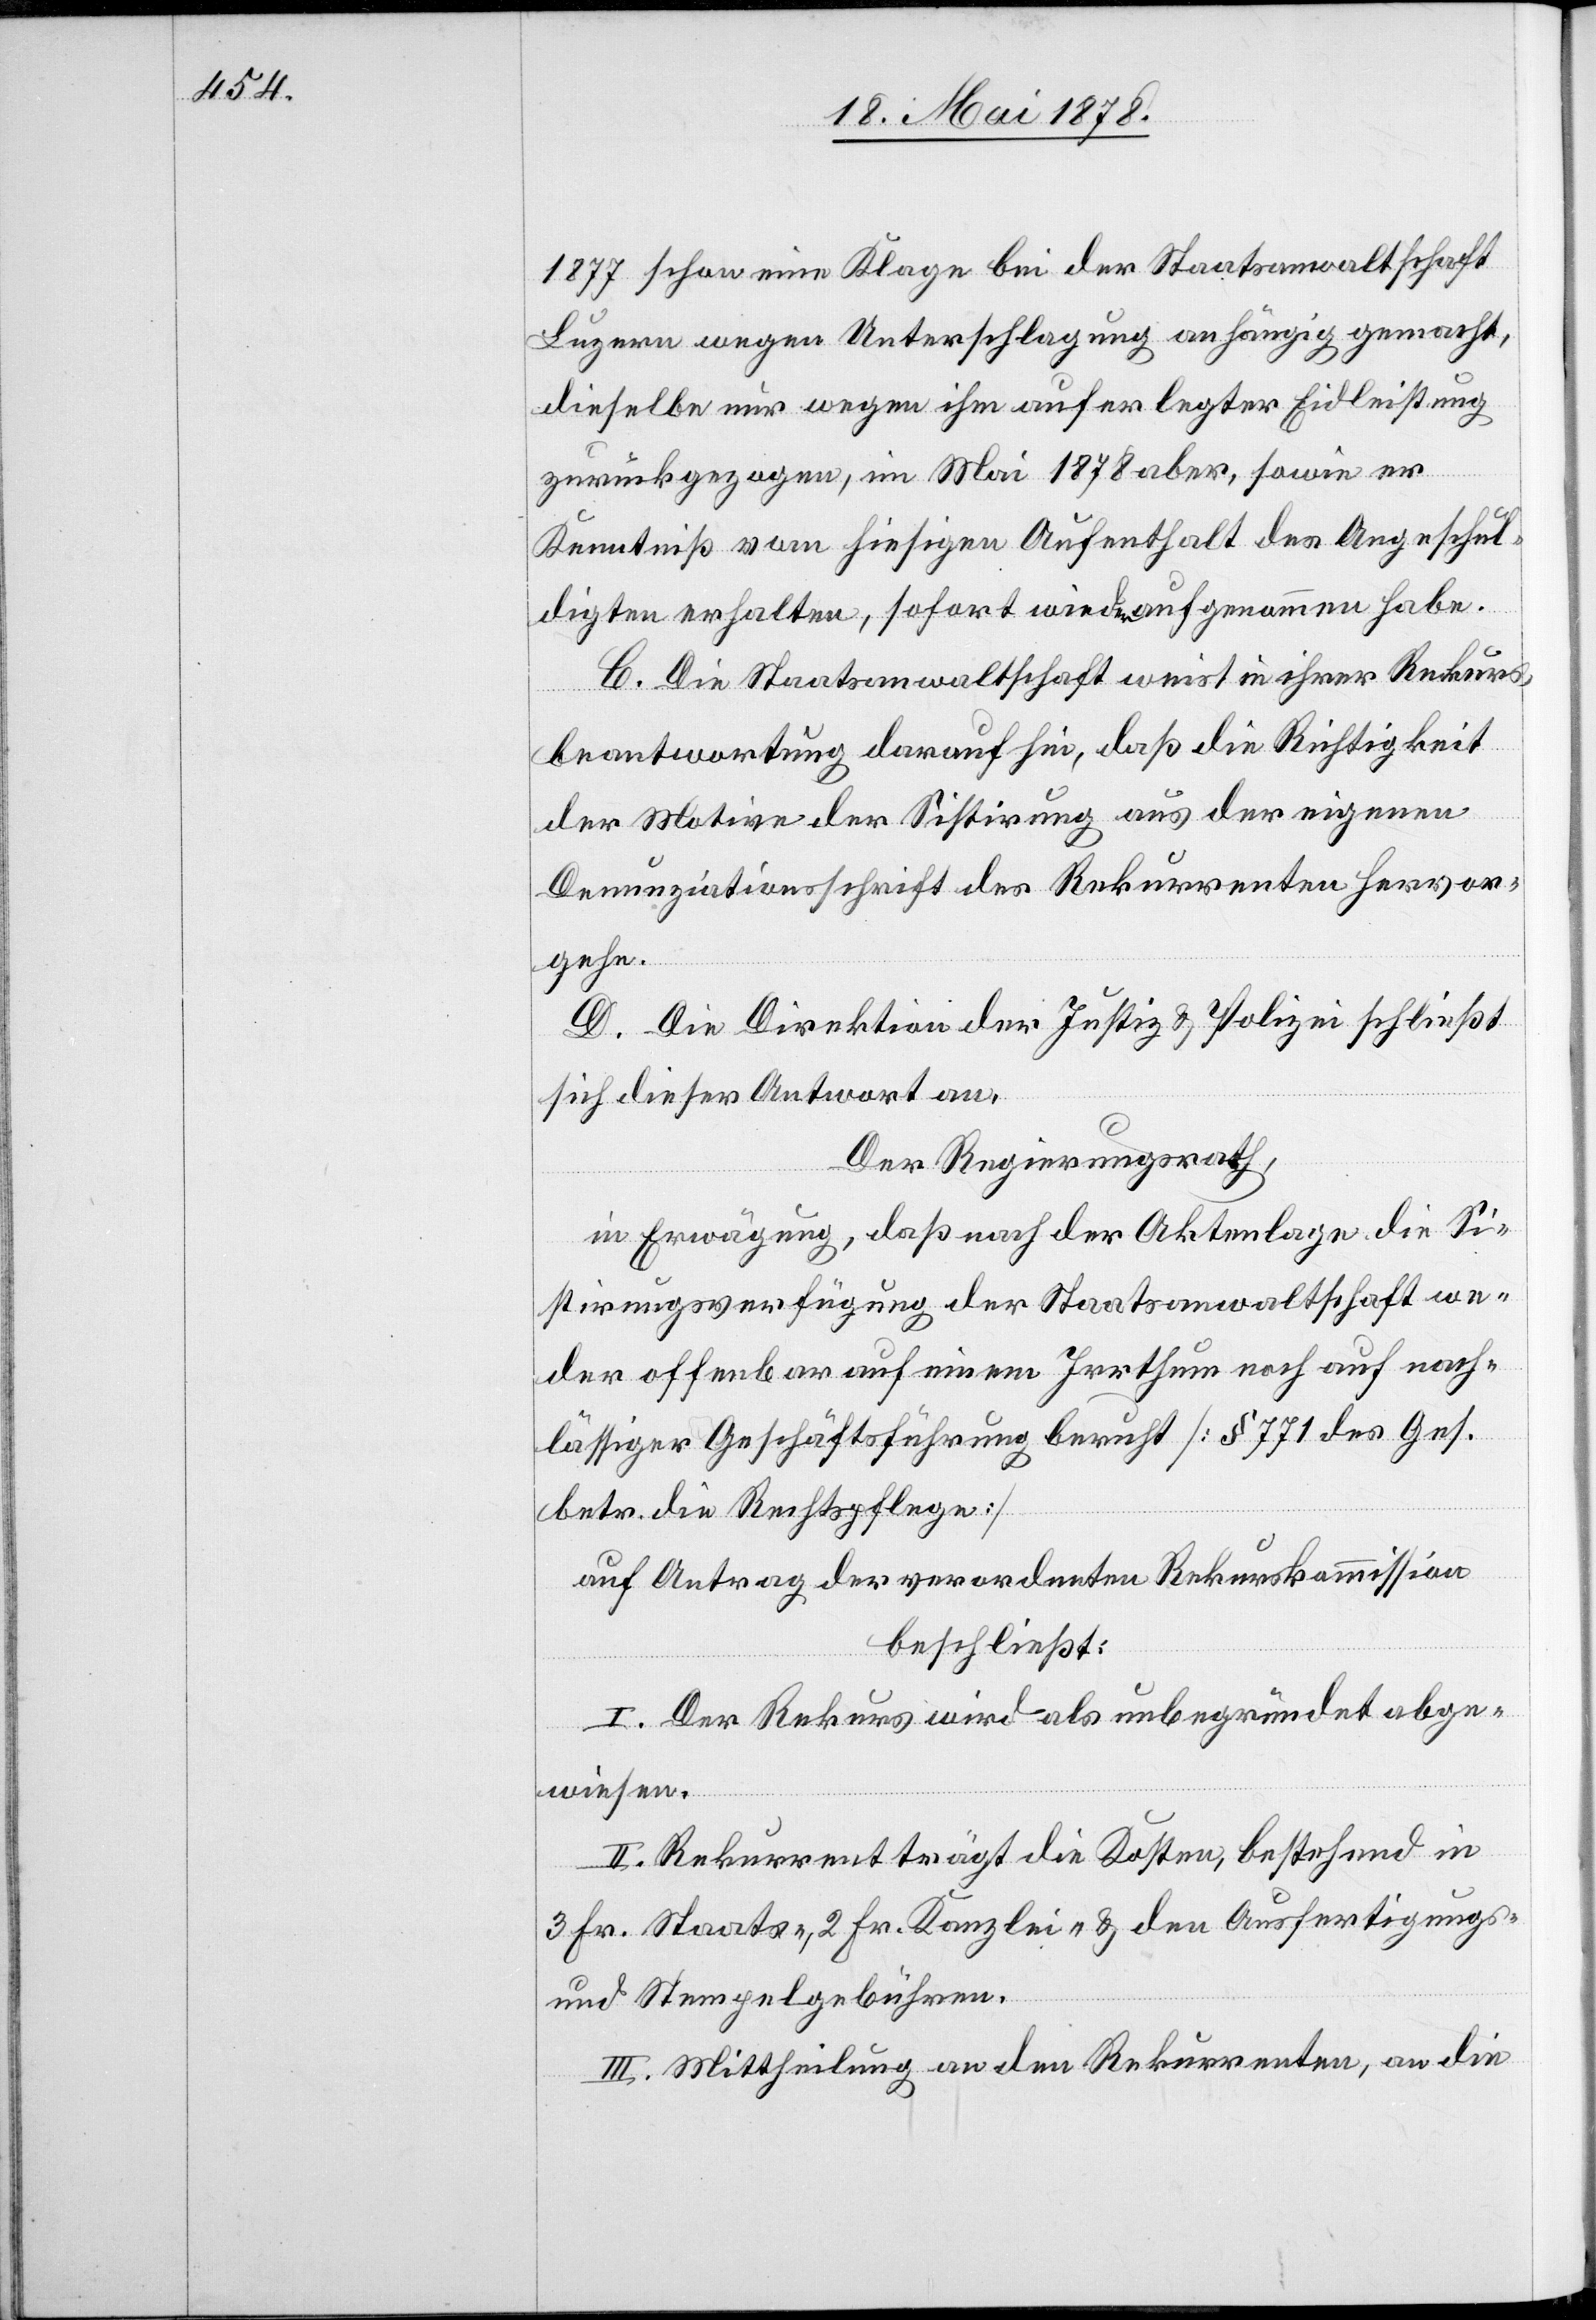
1877 schon eine Klage bei der Staatsanwaltschaft
Luzern wegen Unterschlagung anhängig gemacht,
dieselbe nur wegen ihm auferlegter Eidleistung
zurückgezogen, im Mai 1878 aber, sowie er
Kenntniß vom hiesigen Aufenthalt des Angeschul¬
digten erhalten, sofort wieder aufgenommen habe.
C. Die Staatsanwaltschaft weist in ihrer Rekurs¬
beantwortung darauf hin, daß die Richtigkeit
der Motive der Sistirung aus der eigenen
Denunziationsschrift des Rekurrenten hervor¬
gehe.
D. Die Direktion der Justiz & Polizei schließt
sich dieser Antwort an.
Der Regierungsrath,
in Erwägung, daß nach der Aktenlage die Si¬
stirungsverfügung der Staatsanwaltschaft we¬
der offenbar auf einem Irrthum noch auf nach¬
lässiger Geschäftsführung beruht [§ 771 des Ges.
betr. die Rechtspflege]
auf Antrag der verordneten Rekurskommission
beschließt:
I. Der Rekurs wird als unbegründet abge¬
wiesen.
II. Rekurrent trägt die Kosten, bestehend in
3 Fr. Staats-. 2 Fr. Kanzlei- & den Ausfertigungs-
und Stempelgebühren.
III. Mittheilung an den Rekurrenten, an die